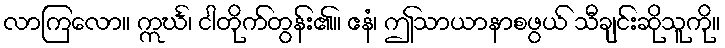
လာကြလော။ ဣင်္ဃ၊ ငါတိုက်တွန်း၏။ ဧနံ၊ ဤသာယာနာစဖွယ် သီချင်းဆိုသူကို။